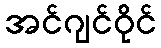
အင်ဂျင်ဝိုင်